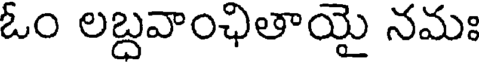
ఓం లబ్దవాంఛితాయై నమః